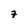
Character: 7